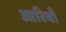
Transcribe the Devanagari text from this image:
आरियाँ